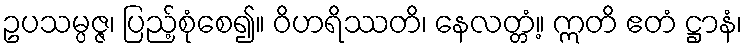
ဥပသမ္ပဇ္ဇ၊ ပြည့်စုံစေ၍။ ဝိဟရိဿတိ၊ နေလတ္တံ့။ ဣတိ ဧတံ ဋ္ဌာနံ၊